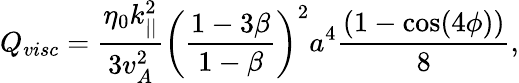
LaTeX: Q_{visc}=\frac{\eta_{0}k_{||}^{2}}{3v_{A}^{2}}\left(\frac{1-3\beta}{1-\beta}\right)^{2}a^{4}\frac{(1-\cos(4\phi))}{8},